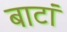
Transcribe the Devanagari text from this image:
बाटां